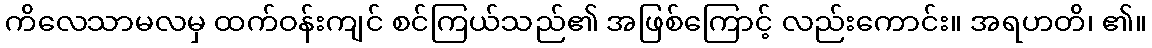
ကိလေသာမလမှ ထက်ဝန်းကျင် စင်ကြယ်သည်၏ အဖြစ်ကြောင့် လည်းကောင်း။ အရဟတိ၊ ၏။